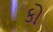
કો